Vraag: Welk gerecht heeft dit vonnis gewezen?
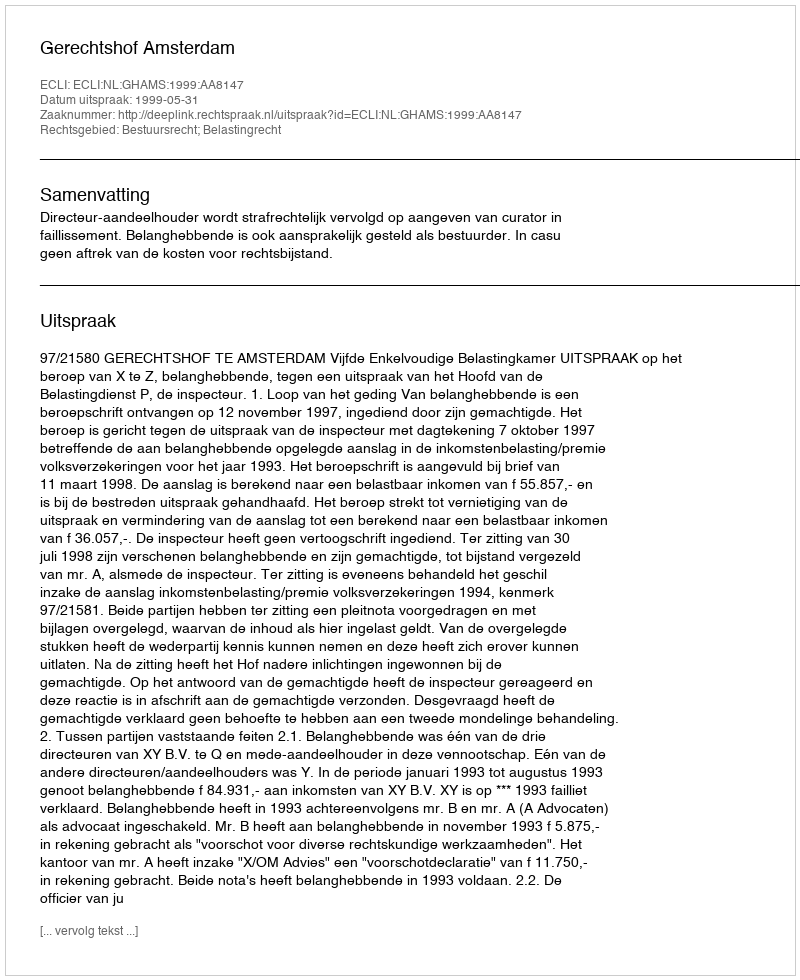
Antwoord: Gerechtshof Amsterdam